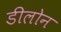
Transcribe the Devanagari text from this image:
डीलोन